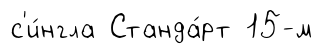
с'и́нгла Станда́рт 15-м